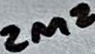
Text: 2M2